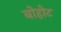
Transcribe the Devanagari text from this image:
बोहोट